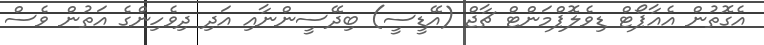
އެގޮތުން އެއާޕޯޓް ޑިވެލޮޕްމަންޓް ޗާޖް (އޭޑީސީ) ބިދޭސީންނާއި އަދި ދިވެހިންގެ އަތުން ވެސް